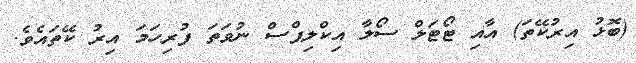
(ބޮޅު އިރުކޭތަ) އާއި ޓޯޓަލް ސޯލާ އިކްލިޕްސް ނުވަތަ ފުރިހަމަ އިރު ކޭތައެވެ.